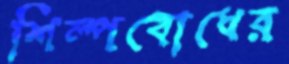
শিল্পবোধের